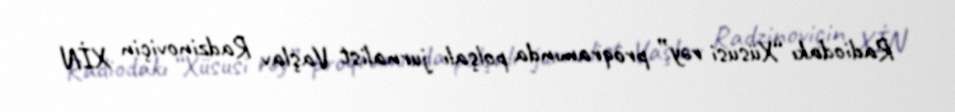
Radiodakı “Xüsusi rəy” proqramında polşalı jurnalist Vaşlav Radzinoviçin XİN